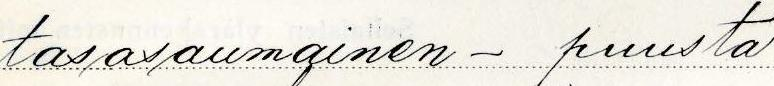
tasasaumainen - puusta